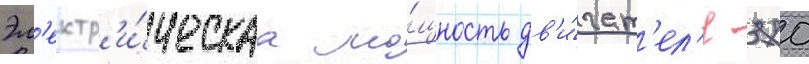
Эл'ектр'и́ческаа мо́щность дв'и́гат'ел'я 370